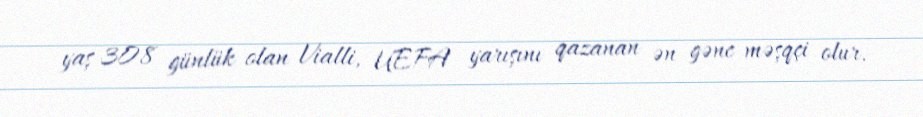
yaş 308 günlük olan Vialli, UEFA yarışını qazanan ən gənc məşqçi olur.